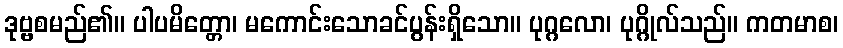
ဒုဗ္ဗစမည်၏။ ပါပမိတ္တော၊ မကောင်းသောခင်ပွန်းရှိသော။ ပုဂ္ဂလော၊ ပုဂ္ဂိုလ်သည်။ ကတမာစ၊